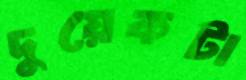
দুয়েকটা